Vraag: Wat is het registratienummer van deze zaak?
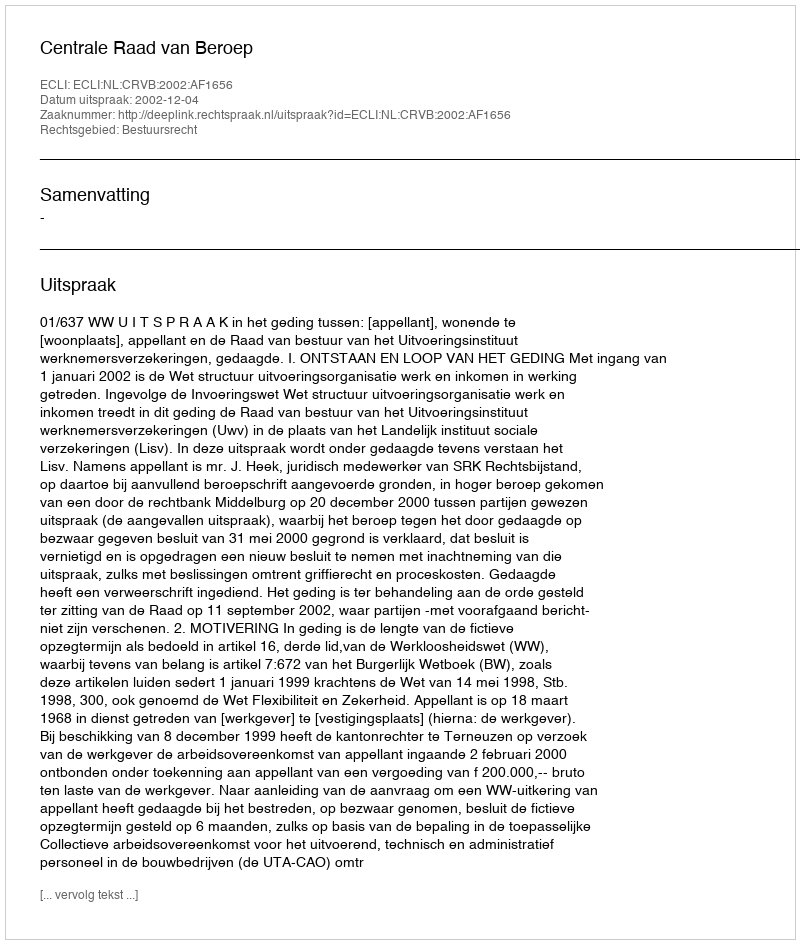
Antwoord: http://deeplink.rechtspraak.nl/uitspraak?id=ECLI:NL:CRVB:2002:AF1656